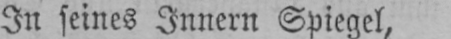
In seines Innern Spiegel,